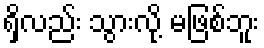
ရှိလည်း သွားလို့ မဖြစ်ဘူး